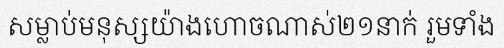
សម្លាប់មនុស្សយ៉ាងហោចណាស់២១នាក់ រួមទាំង